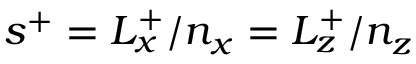
s ^ { + } = L _ { x } ^ { + } / n _ { x } = L _ { z } ^ { + } / n _ { z }